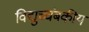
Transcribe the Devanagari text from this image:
विद्युच्चंबकीय